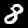
Label: 8